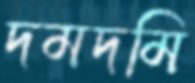
দমদমি